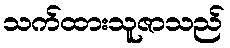
သက်ထားသူဇာသည်